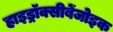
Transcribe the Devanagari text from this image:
हाइड्रॉक्सीबेंजोइक